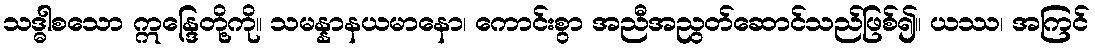
သဒ္ဓါစသော ဣန္ဒြေတို့ကို။ သမန္နာနယမာနော၊ ကောင်းစွာ အညီအညွတ်ဆောင်သည်ဖြစ်၍။ ယဿ၊ အကြင်